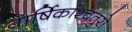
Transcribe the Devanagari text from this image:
वार्षिकांश्चतुरो